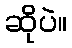
ဆိုပဲ။